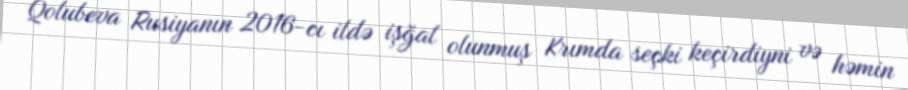
Qolubeva Rusiyanın 2016-cı ildə işğal olunmuş Krımda seçki keçirdiyni və həmin